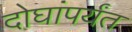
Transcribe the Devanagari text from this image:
दोघांपर्यंत